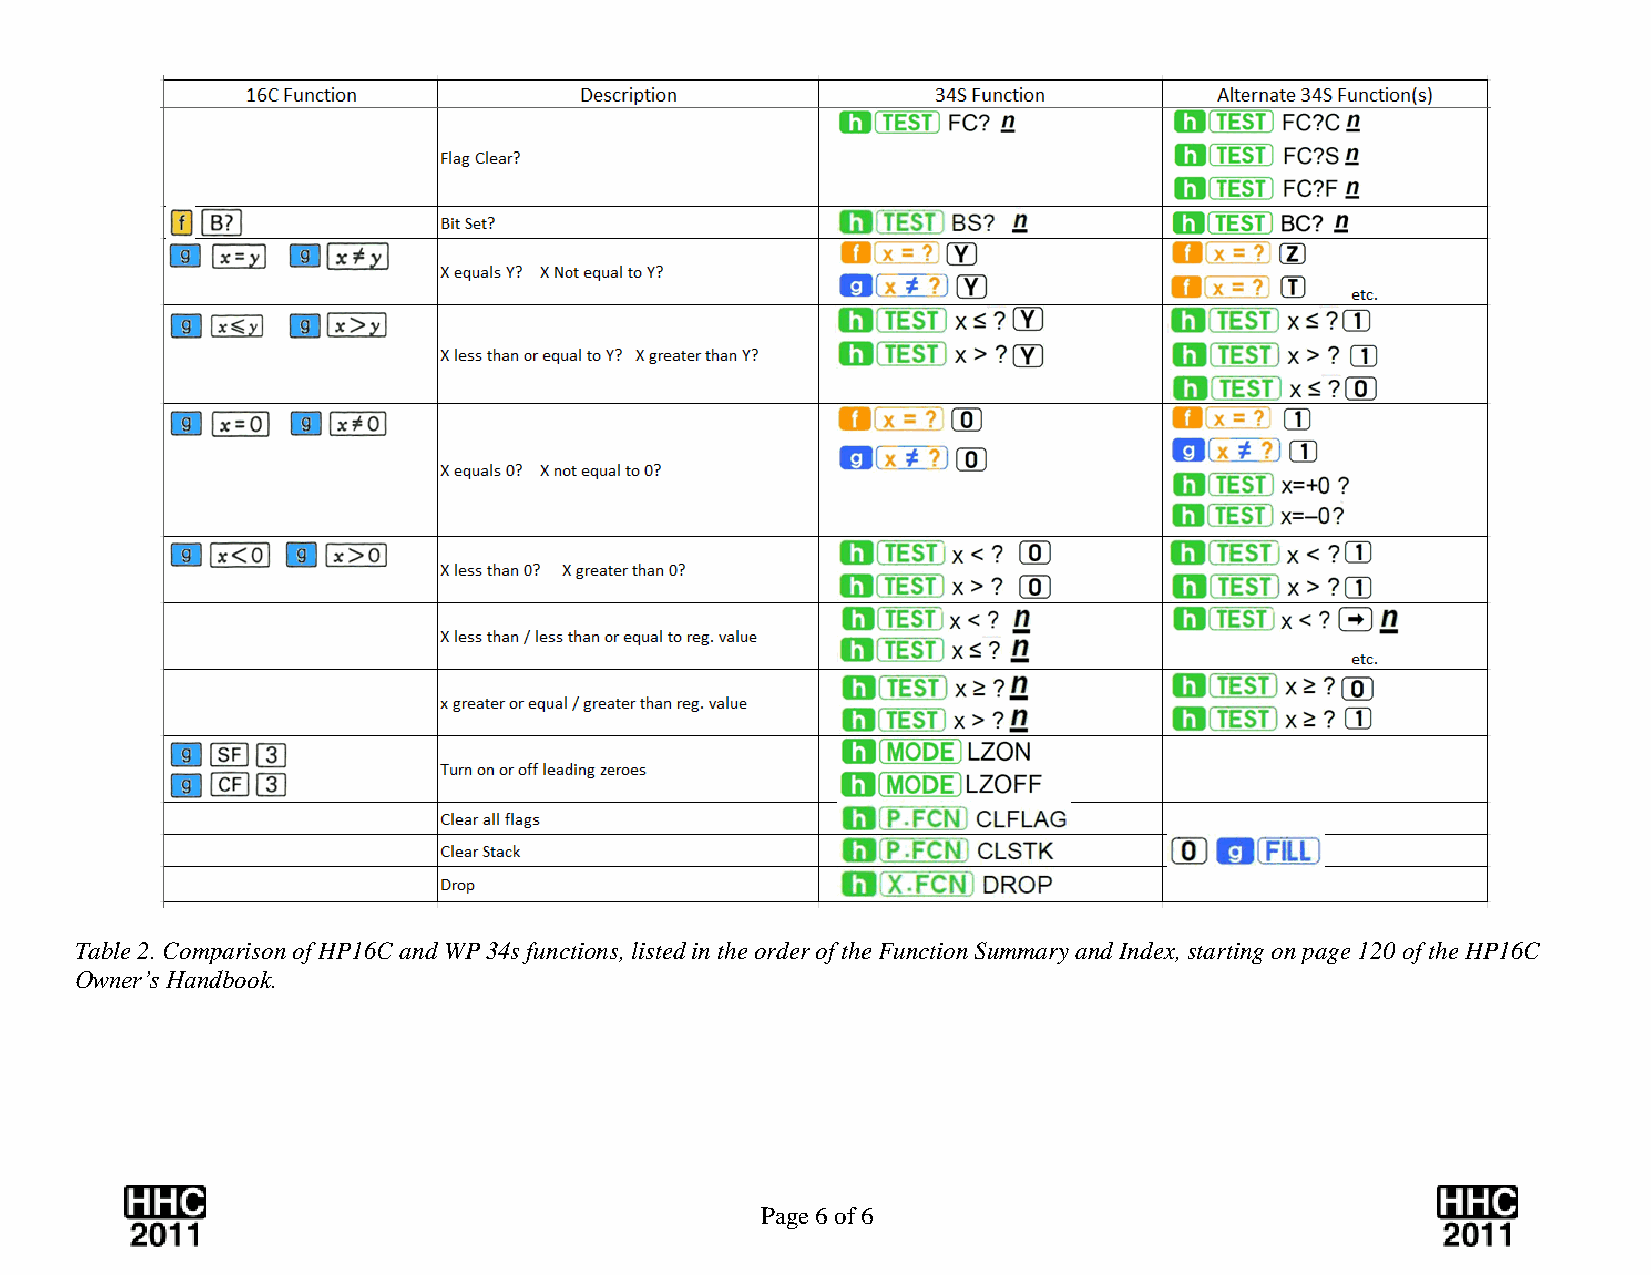
Table 2. Comparison of HP16C and WP 34s functions, listed in the order of the Function Summary and Index, starting on page 120 of the HP16C
 Owner’s Handbook.
 Page 6 of 6